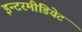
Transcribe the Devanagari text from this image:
इन्टरमीडियेट